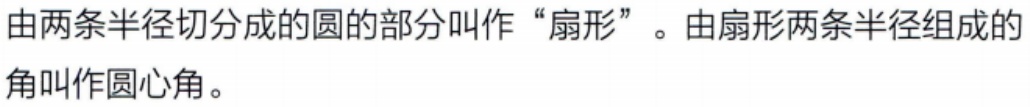
由两条半径切分成的圆的部分叫作“扇形”。由扇形两条半径组成的角叫作圆心角。